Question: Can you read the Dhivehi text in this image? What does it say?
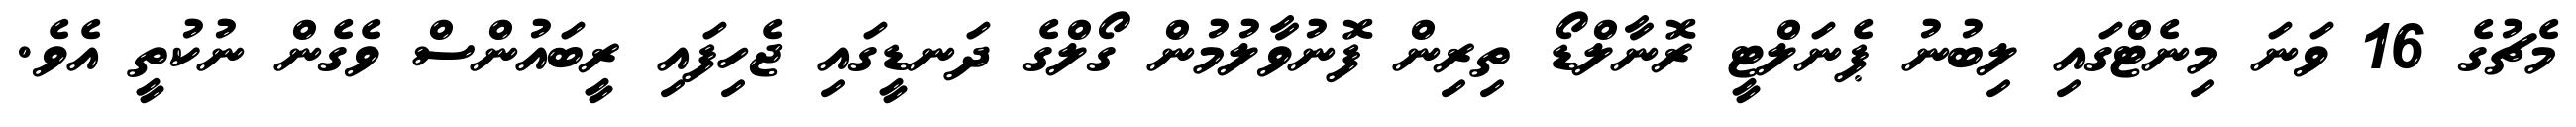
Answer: މެޗުގެ 16 ވަނަ މިނެޓްގައި ލިބުނު ޕެނަލްޓީ ރޮނާލްޑޯ ތިރިން ފޮނުވާލުމުން ގޯލްގެ ދަނޑީގައި ޖެހިފައި ރީބައުންސް ވެގެން ނުކުތީ އެވެ.